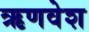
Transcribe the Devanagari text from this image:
ऋणवेश